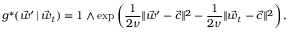
g ^ { * } ( \vec { w } ^ { \prime } \, | \, \vec { w } _ { t } ) = 1 \wedge \exp \left( \frac { 1 } { 2 \nu } \lVert \vec { w } ^ { \prime } - \vec { c } \rVert ^ { 2 } - \frac { 1 } { 2 \nu } \lVert \vec { w } _ { t } - \vec { c } \rVert ^ { 2 } \right) ,